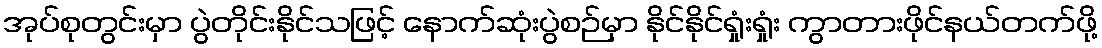
အုပ်စုတွင်းမှာ ပွဲတိုင်းနိုင်သဖြင့် နောက်ဆုံးပွဲစဉ်မှာ နိုင်နိုင်ရှုံးရှုံး ကွာတားဖိုင်နယ်တက်ဖို့